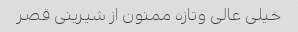
خیلی عالی وتازه ممنون از شیرینی قصر